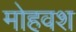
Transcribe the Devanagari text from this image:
मोहवश